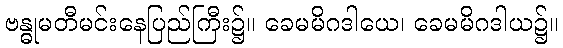
ဗန္ဓုမတီမင်းနေပြည်ကြီး၌။ ခေမမိဂဒါယေ၊ ခေမမိဂဒါယ၌။